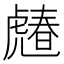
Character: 𧇶